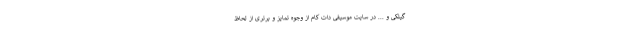
گیلکی و ... در سایت موسیقی دات کام از وجوه تمایز و برتری از لحاظ